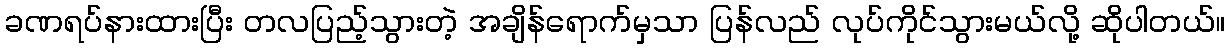
ခဏရပ်နားထားပြီး တလပြည့်သွားတဲ့ အချိန်ရောက်မှသာ ပြန်လည် လုပ်ကိုင်သွားမယ်လို့ ဆိုပါတယ်။